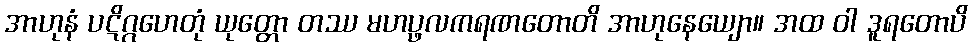
အာဟုနံ ပဋိဂ္ဂဟေတုံ ယုတ္တော တဿ မဟပ္ဖလကရဏတောတိ အာဟုနေယျော။ အထ ဝါ ဒူရတောပိ